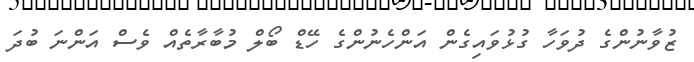
ޒުވާނުންގެ ދުވަހާ ގުޅުވައިގެން އަންހެނުންގެ ހޭޑް ބޯލް މުބާރާތެއް ވެސް އަންނަ ބުދަ